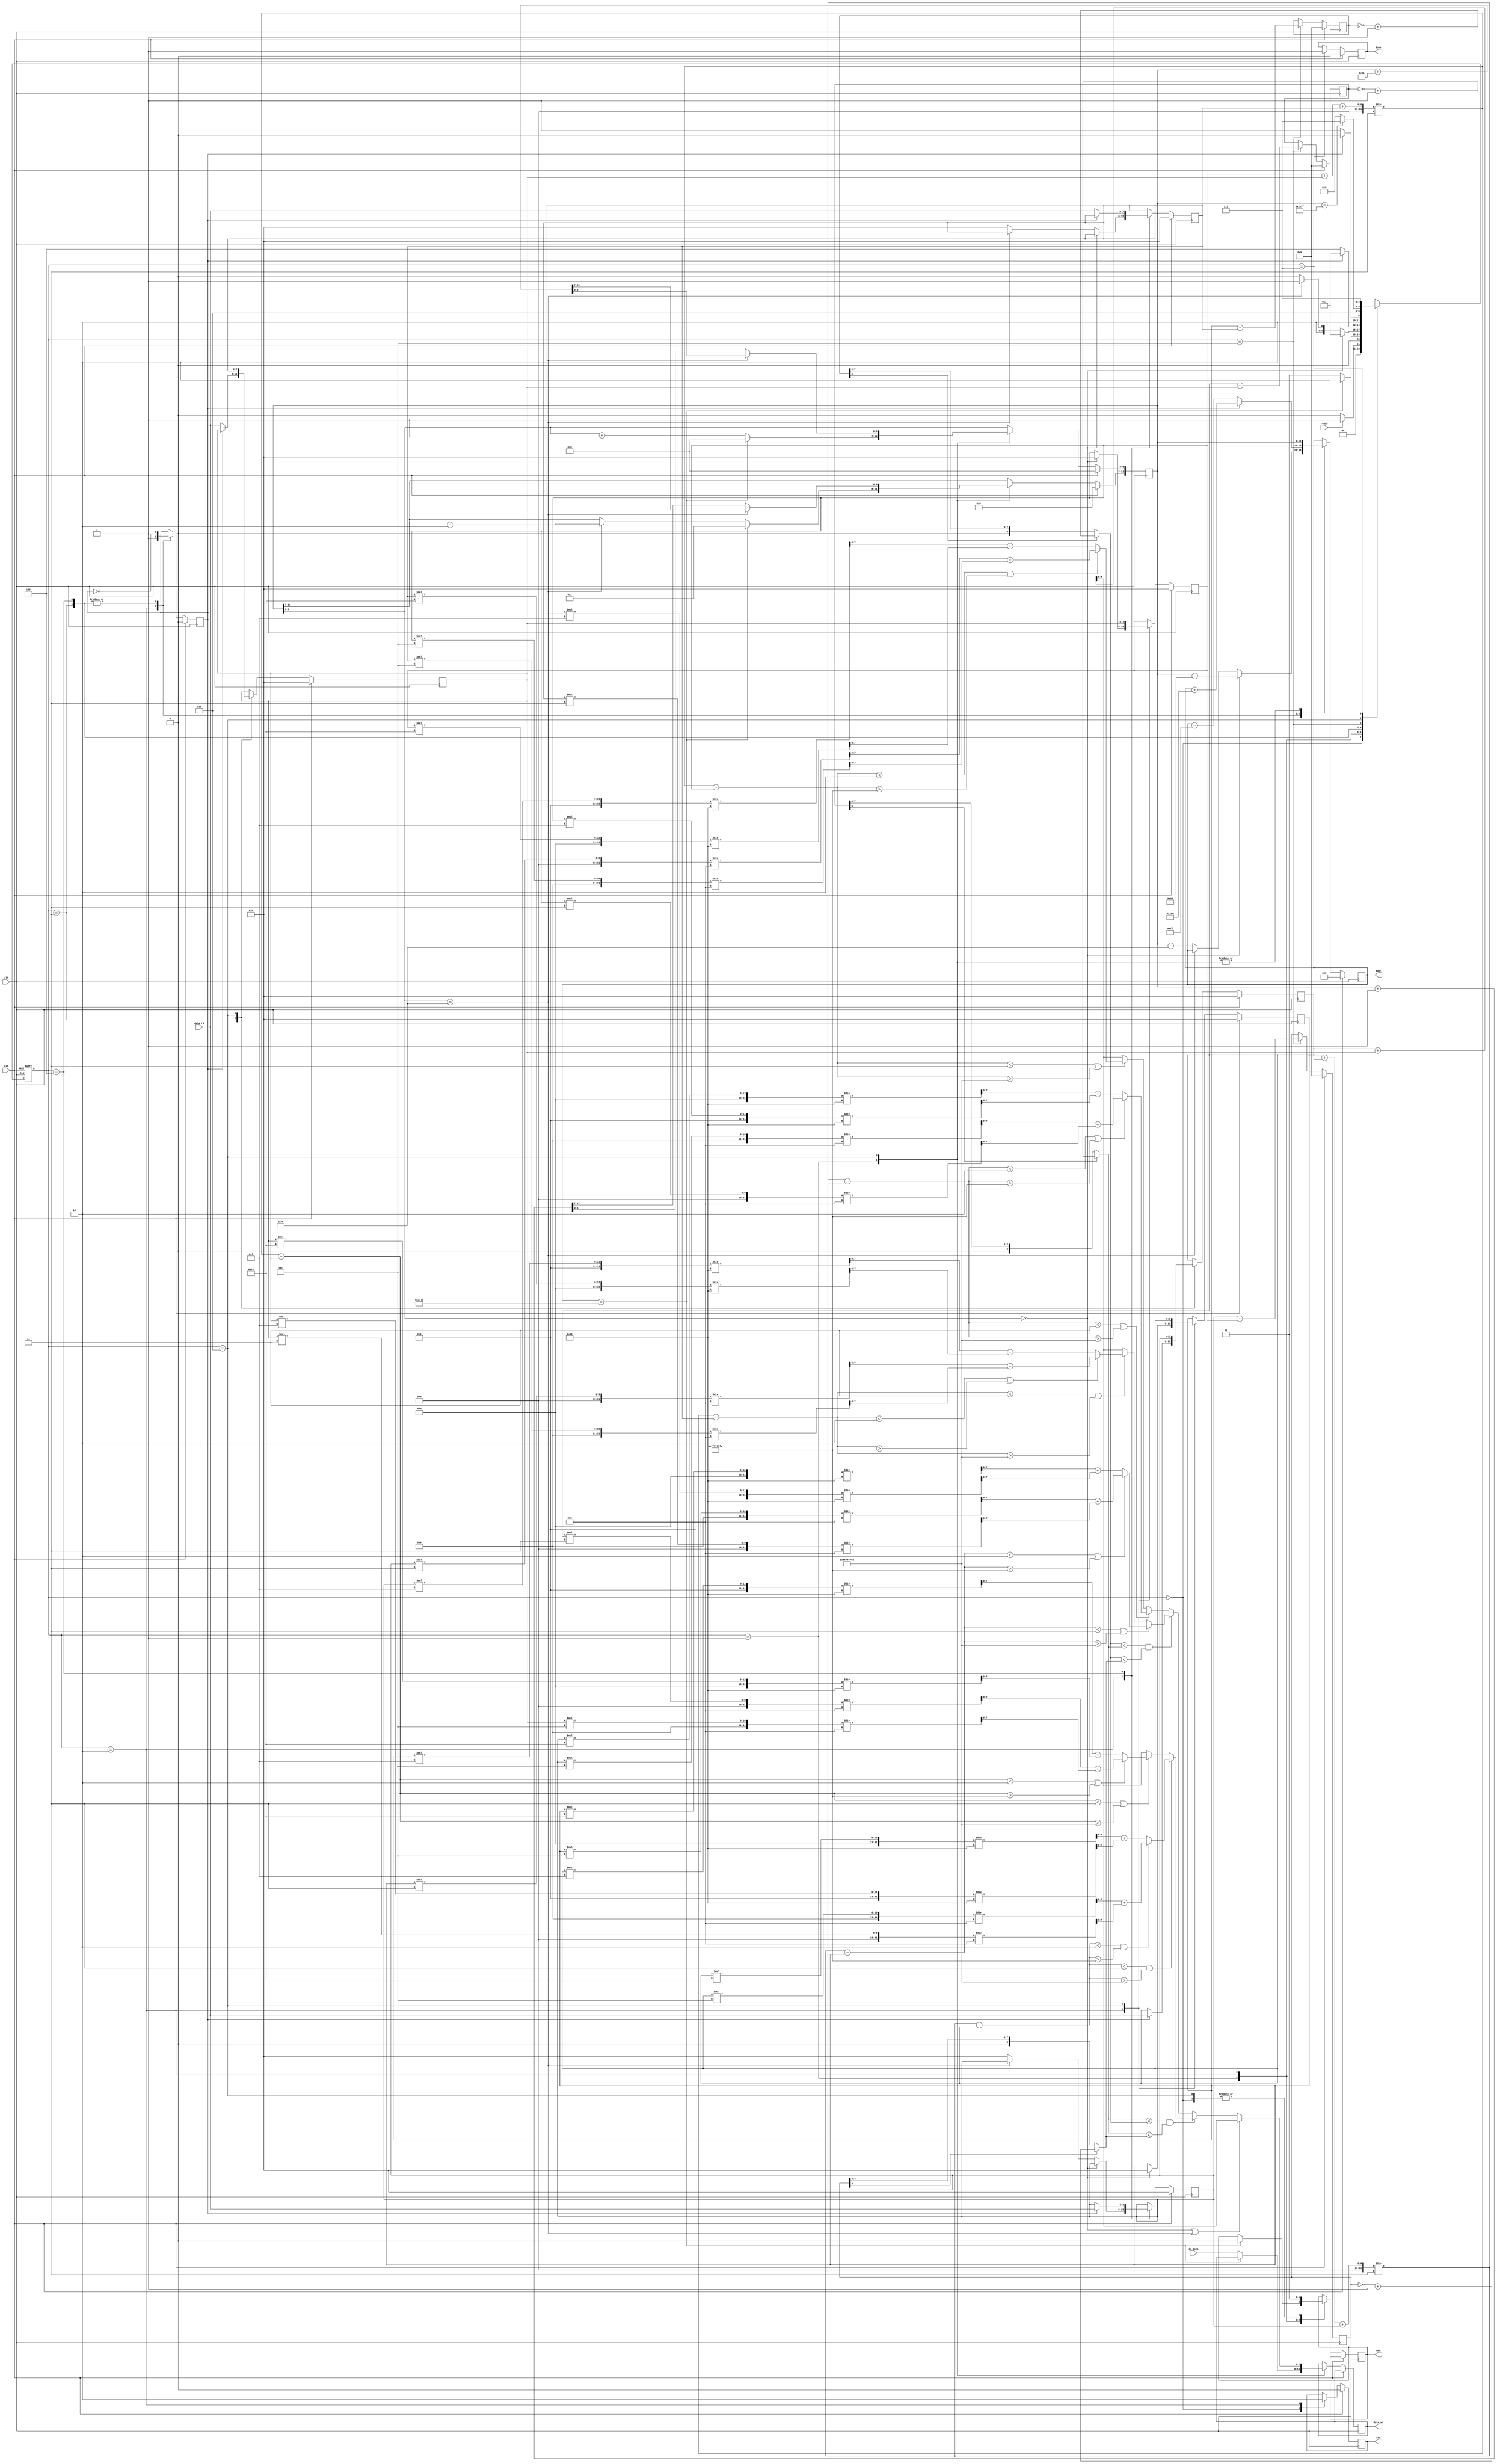
module ELA(clk, rst, ready, in_data, data_rd, req, wen, addr, data_wr, done);

	input				clk;
	input				rst;
	input				ready;
	input		[7:0]	in_data;
	input		[7:0]	data_rd;
	output				req;
	output				wen;
	output		[12:0]	addr;
	output		[7:0]	data_wr;
	output				done;

	reg					req;
	reg					wen;
	reg			[12:0]	addr;
	reg			[7:0]	data_wr;
	reg					done;

	// Register for States
	reg 		[2:0] 	next_state, curr_state;
	// Two Neighboring Points
	reg 				first;
	// Position of Pixels
	reg [12:0] 			pixel;
	// Neighboring Points
	reg 		[7:0]	a;
	reg 		[7:0]	b;
	reg 		[7:0]	c;
	reg 		[7:0]	d;
	reg 		[7:0]	e;
	reg 		[7:0]	f;
	// Minimum Value from D1 to D3
	reg 		[7:0] 	min;
	// D values
	reg 		[8:0] 	D1, D2, D3;
	reg 		[8:0] 	D1_abs, D2_abs, D3_abs;
	// Name of states
	parameter 	[2:0] 	write_enable = 3'b000;
	parameter 	[2:0] 	datain_state = 3'b001;
	parameter 	[2:0] 	check_pixels = 3'b010;
	parameter 	[2:0] 	lft_boundary = 3'b011;
	parameter 	[2:0] 	not_boundary = 3'b100;
	parameter 	[2:0] 	Dx_calculate = 3'b101;
	parameter 	[2:0] 	pixels_shift = 3'b110;
	parameter 	[2:0] 	image_finish = 3'b111;

	// State Register
	always @(posedge clk or posedge rst) begin
		if (rst) 
			curr_state <= write_enable;
		else 
			curr_state <= next_state;
	end

	// Next State Logic
	always @(*) begin
		next_state = curr_state;
		case(curr_state)
			write_enable:
			if(ready)
				next_state = datain_state;
			else
				next_state = write_enable;
			datain_state: 
				// Final Element at 128*63 - 1 = 8063
				if (addr == 8063) 
					next_state = check_pixels;
				else
					next_state = datain_state;
			check_pixels: begin 
				if(pixel[6:0] == 0) 
					next_state <= lft_boundary;
				// Don't update c, f when facing right boundary(improving time consuming)
				else if(pixel[6:0] == 127) 
					next_state <= Dx_calculate;
				else 
					next_state <= not_boundary;
			end
			lft_boundary: begin
				if (!first) 
					next_state <= not_boundary;
				else
					next_state <= lft_boundary;
			end
			not_boundary: begin
				if (!first) 
					next_state <= Dx_calculate;
				else
					next_state <= not_boundary;
			end
			Dx_calculate: 
				next_state <= pixels_shift;
			pixels_shift: 
				// When facing 128*62 - 1, Finish the ELA
				if (pixel == 7935) 
					next_state <= image_finish;
				else
					next_state <= check_pixels;
			image_finish: 
				next_state <= image_finish;
		endcase 
	end

	// Output Logic + Datapath
	always @(posedge clk) begin
		if(rst) begin
			req <= 0;
			addr <= 0;
			first <= 0;
			done <= 0;
			pixel <= 0;
			D1 <= 0;
			D2 <= 0;
			D3 <= 0;
			a <= 0;
			b <= 0;
			c <= 0;
			d <= 0;
			e <= 0;
			f <= 0;
		end
		else begin
			case(curr_state) 
			write_enable: begin
				req <= 1;
				wen <= 1;
			end
			datain_state: begin
				addr <= pixel;
				if(addr == 8063) begin
					wen <= 0;
					pixel <= 128;
				end
				else begin
					if(pixel[6:0] == 127) begin
						pixel[12:7] <= pixel[12:7] + 2;
					end
					pixel[6:0] <= pixel[6:0] + 1;
					data_wr <= in_data;
				end
			end
			check_pixels: begin
					wen <= 0;
					req <= 0;
					if(pixel[6:0] == 0) begin
						a <= 0;
						d <= 0;
						addr <= pixel - 128;
					end
					else if(pixel[6:0] == 127) begin
					end
					else begin
						c <= 0;
						f <= 0;
						addr <= pixel - 127;
					end 
					first <= 1;
				end
			lft_boundary: begin
					first <= ~first;
					if(first) begin
						b <= data_rd;
						addr <= addr + 256;
					end
					else begin
						e <= data_rd;
						addr <= addr - 255;
					end
				end
			not_boundary: begin
					first <= ~first;
					if(first) begin
						c <= data_rd;
						addr <= addr + 256;
					end
					else begin
						f <= data_rd;
						addr <= addr - 255;
					end
				end
			Dx_calculate: begin
					D1 <= {1'b0,a} - {1'b0,f};
					D2 <= {1'b0,b} - {1'b0,e};
					D3 <= {1'b0,c} - {1'b0,d};
				end
			
			pixels_shift: begin
					wen <= 1;
					addr <= pixel;
					// The left and right boundary interpolation is fixed to (b+e)/2
					if(pixel[6:0] == 0 || pixel[6:0] == 127) 
						data_wr <= ({1'b0,b} + {1'b0,e})>> 1;
					else 
						data_wr <= min ;
					// change the row when facing end
					if(pixel[6:0] == 127) 
						pixel <= pixel + 129;
					else 
						pixel <= pixel + 1;
					// Rolling the value
					a <= b;
					b <= c;
					d <= e;
					e <= f;
				end
			image_finish: begin
				done <= 1;
			end
			endcase
		end
	end

	always @(*) begin
		if(D1[8])
			D1_abs <= ~D1 + 1'b1;
		else
			D1_abs <= D1;
		if(D2[8])
			D2_abs <= ~D2 + 1'b1;
		else
			D2_abs <= D2;
		if(D3[8])
			D3_abs <= ~D3 + 1'b1;
		else
			D3_abs <= D3;
	end

	always @(*) begin
		if(D2_abs <= D1_abs && D2_abs <= D3_abs) begin
			if(((a + b + c) / 3) - b < 3 || ((a + b + c) / 3) - b > -3) begin
				if(((a + b + c) / 3) - b < 2 || ((a + b + c) / 3) - b > -2)
					min = {1'b0, b * 5/8} + {1'b0, e * 3/8};
				else
					min = {1'b0, b * 17/32} + {1'b0, e * 15/32};
			end
			else if(((d + e + f) / 3) - e < 3 || ((d + e + f) / 3) - e > -3)
				if(((d + e + f) / 3) - e < 2 || ((d + e + f) / 3) - e > -2)
					min = {1'b0, b * 3/8} + {1'b0, e * 5/8};
				else
					min = {1'b0, b * 15/32} + {1'b0, e * 17/32};
			else
				min = ({1'b0, b} + {1'b0, e}) >> 1;	
		end
		else if(D1_abs <= D2_abs && D1_abs <= D3_abs) begin
			if(((a + b + c) / 3) - a < 3 || ((a + b + c) / 3) - a > -3)
				if(((a + b + c) / 3) - a < 2 || ((a + b + c) / 3) - a > -2)
					min = {1'b0, a * 5/8} + {1'b0, f * 3/8};
				else
					min = {1'b0, a * 17/32} + {1'b0, f *15/32};
			else if(((d + e + f) / 3) - f < 3 || ((d + e + f) / 3) - f > -3)
				if(((d + e + f) / 3) - f < 2 || ((d + e + f) / 3) - f > -2)
					min = {1'b0, a * 3/8} + {1'b0, f * 5/8};
				else
					min = {1'b0, a * 15/32} + {1'b0, f * 17/32};
			else
				// min = ({1'b0, a} + {1'b0, f}) >> 1;
				min = ({1'b0, b} + {1'b0, e}) >> 1;
		end 
		else begin
			if(((a + b + c) / 3) - c < 3 || ((a + b + c) / 3) - c > -3)
				if(((a + b + c) / 3) - c < 2 || ((a + b + c) / 3) - c > -2)
					min = {1'b0, c * 5/8} + {1'b0, d * 3/8};
				else
					min = {1'b0, c * 17/32} + {1'b0, d * 15/32};
			else if(((d + e + f) / 3) - d < 3 || ((d + e + f) / 3) - d > -3)
				if(((d + e + f) / 3) - d < 2 || ((d + e + f) / 3) - d > -2)
					min = {1'b0, c * 3/8} + {1'b0, d * 5/8};
				else
					min = {1'b0, c * 15/32} + {1'b0, d * 17/32};
			else
				min = ({1'b0, b} + {1'b0, e}) >> 1;
				// min = ({1'b0, c} + {1'b0, d}) >> 1;
		end
	end

endmodule